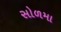
સોળમા